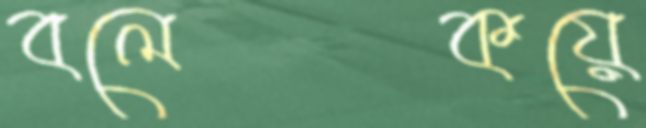
বলেকয়ে